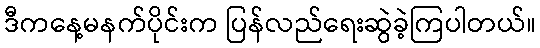
ဒီကနေ့မနက်ပိုင်းက ပြန်လည်ရေးဆွဲခဲ့ကြပါတယ်။